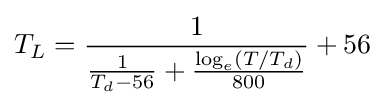
T_{L}={\frac {1}{{\frac {1}{T_{d}-56}}+{\frac {\log _{e}(T/T_{d})}{800}}}}+56